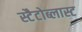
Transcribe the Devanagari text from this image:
स्टैटोब्लास्ट